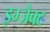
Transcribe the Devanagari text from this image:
इग्जैक्ट